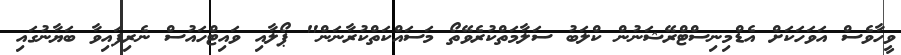
ވީހާވެސް އަވަހަކަށް އެޑްމިނިސްޓްރޭޝަނުން ކްލަބު ސަލާމަތްކުރެވޭތޯ މަސައްކަތްކުރާނަން" ޕޯލާއި ވައިޓްހައުސް ނެރިފައިވާ ބަޔާނުގައި